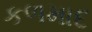
કળમાદ